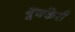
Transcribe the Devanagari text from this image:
गूजंकेरी